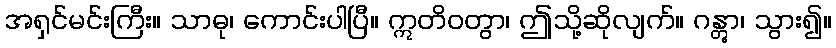
အရှင်မင်းကြီး။ သာဓု၊ ကောင်းပါပြီ။ ဣတိဝတွာ၊ ဤသို့ဆိုလျက်။ ဂန္တွာ၊ သွား၍။